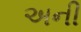
અની